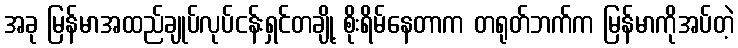
အခု မြန်မာအထည်ချုပ်လုပ်ငန်းရှင်တချို့ စိုးရိမ်နေတာက တရုတ်ဘက်က မြန်မာကိုအပ်တဲ့